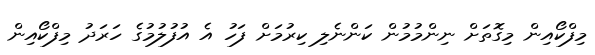
މިފްކޯއިން މިގޮތަށް ނިންމުމުން ކަންނެލި ކިރުމަށް ފަހު އެ އުފުލުމުގެ ހަރަދު މިފްކޯއިން